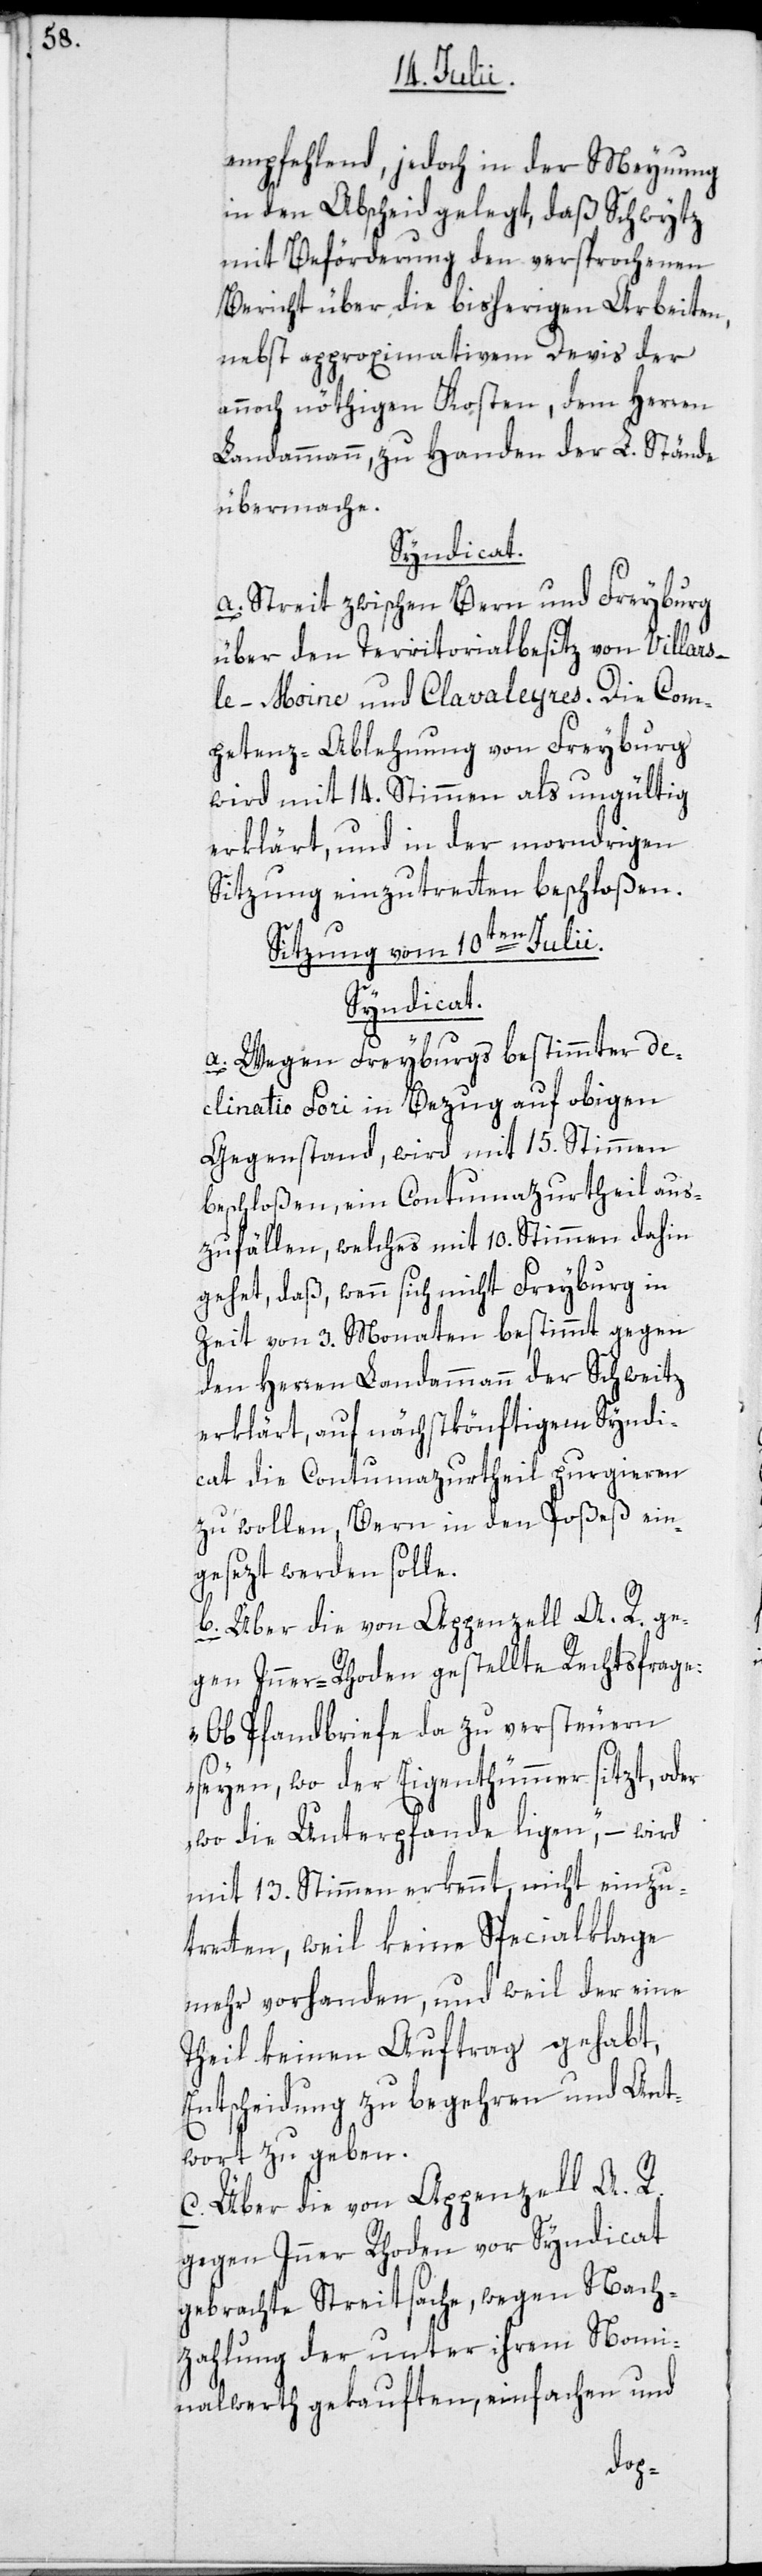
empfehlend, jedoch in der Meynung
in den Abscheid gelegt, daß Schwytz
mit Beförderung den versprochenen
Bericht über die bisherigen Arbeiten,
nebst approximativem Devis der
annoch nöthigen Kosten, dem Herren
Landammann zu Handen der L. Stände
übermache.
Syndicat.
a. Streit zwischen Bern und Freyburg
über den Territorialbesitz von Villar¬
s-le-Moine und Clavaleyres. Die Com¬
petenz-Ablehnung von Freyburg
wird mit 14. Stimmen als ungültig
erklärt, und in der morndrigen
Sitzung einzutretten beschloßen.
Sitzung vom 10ten Julii.
Syndicat.
a. Wegen Freyburgs bestimmter de¬
clinatio fori in Bezug auf obigen
Gegenstand, wird mit 15. Stimmen
beschloßen, ein Contumazurtheil aus¬
zufällen, welches mit 10. Stimmen dahin
gehet, daß, wenn sich nicht Freyburg in
Zeit von 3. Monaten bestimmt gegen
den Herren Landammann der Schweitz
erklärt, auf nächstkönftigem Syndi¬
cat die Contumazurtheil purgieren
zu wollen, Bern in den Poßeß ein¬
gesezt werden solle.
b. Über die von Appenzell A. R. ge¬
gen Inner-Rhoden gestellte Rechtsfrage:
„Ob Pfandbriefe da zu versteuern
seyen, wo der Eigenthümmer sitzt, oder
wo die Unterpfande ligen,“ – wird
mit 13. Stimmen erkennt, nicht einzu¬
tretten, weil keine Specialklage
mehr vorhanden, und weil der eine
Theil keinen Auftrag gehabt,
Entscheidung zu begehren und Ant¬
wort zu geben.
c. Über die von Appenzell A. R.
gegen Inner Rhoden vor Syndicat
gebrachte Streitsache, wegen Nach¬
zahlung der unter ihrem Nomi¬
nalwerth gekauften, einfachen und